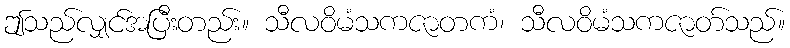
ဤသည်လျှင်အပြီးတည်း။ သီလဝိမံသကဇာတကံ၊ သီလဝိမံသကဇာတ်သည်။